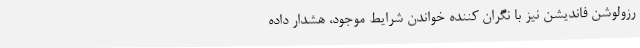
رزولوشن فاندیشن نیز با نگران کننده خواندن شرایط موجود، هشدار داده